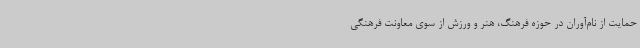
حمایت از نام‌آوران در حوزه فرهنگ، هنر و ورزش از سوی معاونت فرهنگی